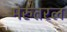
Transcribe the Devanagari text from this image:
मेरुतरल